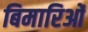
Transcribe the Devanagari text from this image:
बिमारिओं